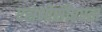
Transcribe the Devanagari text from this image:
एसओसीएएल